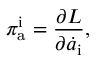
\pi _ { \mathrm { a } } ^ { \mathrm { i } } = { \frac { \partial L } { \partial \dot { a } _ { \mathrm { i } } } } ,